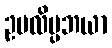
ဥပလိမ္ပဘယာ